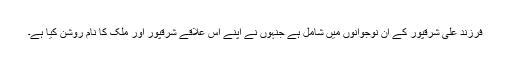
فرزند علی شرقپور کے ان نوجوانوں میں شامل ہے جنہوں نے اپنے اس علاقے شرقپور اور ملک کا نام روشن کیا ہے۔